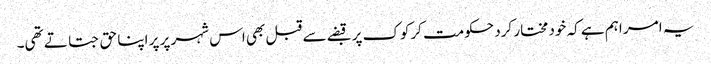
یہ امر اہم ہے کہ خود مختار کرد حکومت کرکوک پر قبضے سے قبل بھی اس شہر پر پر اپنا حق جتاتے تھی۔